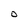
Character: O